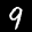
Label: 9